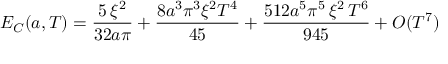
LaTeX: E _ { C } ( a , T ) = \frac { 5 \, \xi ^ { 2 } } { 3 2 a \pi } + \frac { 8 a ^ { 3 } \pi ^ { 3 } \xi ^ { 2 } { T ^ { 4 } } } { 4 5 } + \frac { 5 1 2 a ^ { 5 } \pi ^ { 5 } \, \xi ^ { 2 } \, { T ^ { 6 } } } { 9 4 5 } + { \cal O } ( T ^ { 7 } )